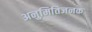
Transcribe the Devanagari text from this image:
अनुमितिजनक